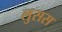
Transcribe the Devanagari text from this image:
लुसस